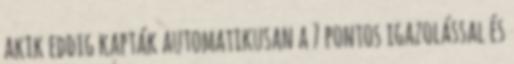
akik eddig kapták automatikusan a 7 pontos igazolással és